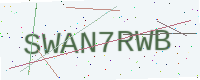
Text: SWAN7RWB